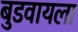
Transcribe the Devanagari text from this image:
बुडवायला